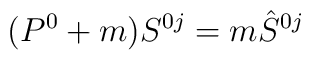
(P^0+m)S^{0j}=m\hat{S}^{0j}